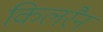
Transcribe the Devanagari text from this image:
किलरैन